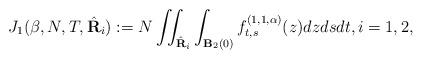
LaTeX: \begin{align*} J_1(\beta,N,T,\hat{\mathbf{R}}_i) := N \iint_{\hat{\mathbf{R}}_i} \int_{\mathbf{B}_2(0)} f^{(1,1,\alpha)}_{t,s}(z)dz ds dt, i=1,2, \end{align*}